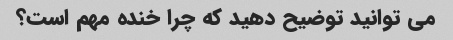
می توانید توضیح دهید که چرا خنده مهم است؟